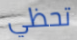
تحظي